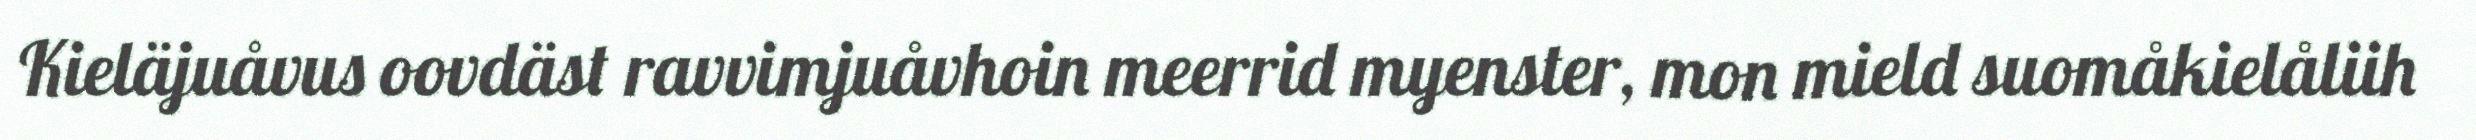
Kieläjuåvus oovdäst ravvimjuåvhoin meerrid myenster, mon mield suomåkielåliih